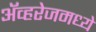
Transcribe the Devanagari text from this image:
ॲव्हरेजमध्ये